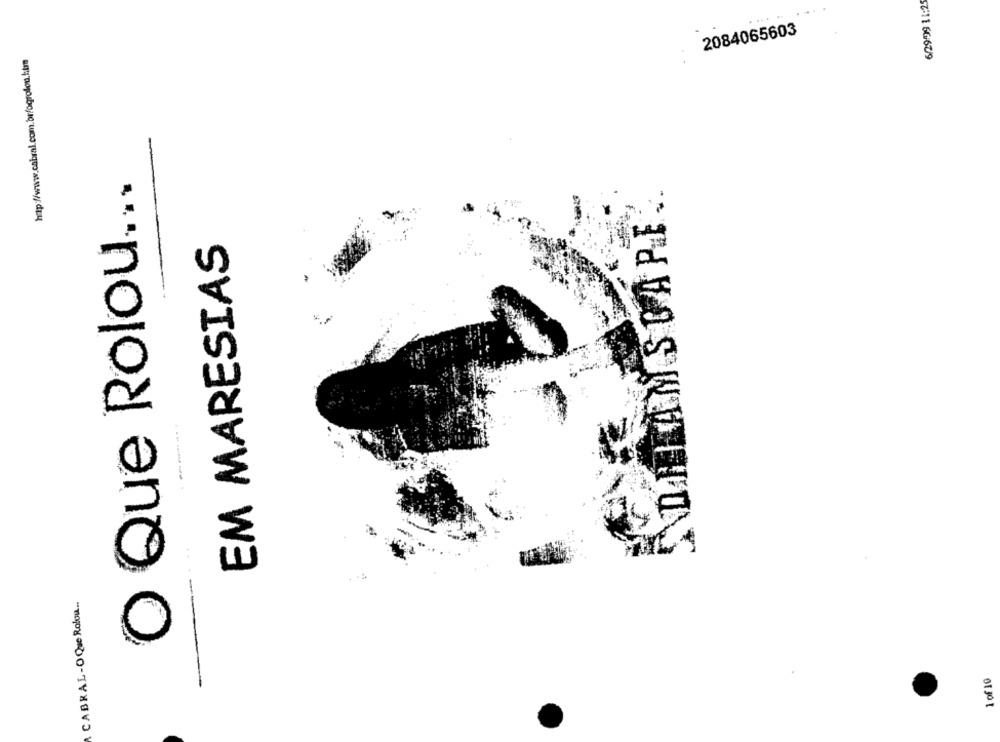
6/29/99 11:25
2084065603
O Que Rolou ...
DHAMSCAPE ..
EM MARESIAS
CABRAL-OQue Rolou ..
1 of 10